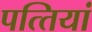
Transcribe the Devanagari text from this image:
पत्‍तियां